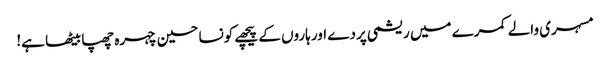
مسہری والے کمرے میں ریشمی پردے اور ہاروں کے پیچھے کونسا حسین چہرہ چھپا بیٹھا ہے!